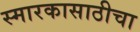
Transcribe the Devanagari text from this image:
स्मारकासाठीचा